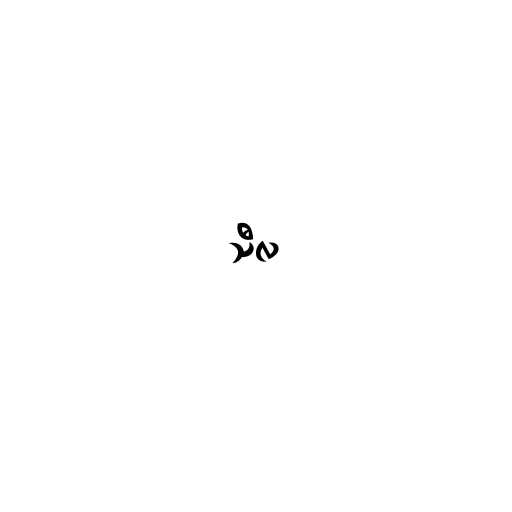
သီလ